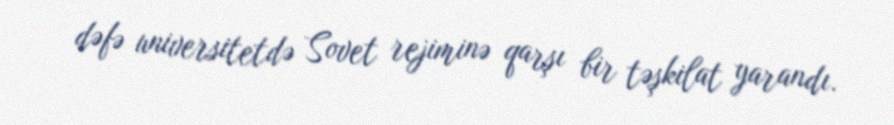
dəfə universitetdə Sovet rejiminə qarşı bir təşkilat yarandı.